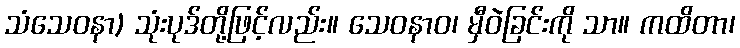
သံသေဝနာ) သုံးပုဒ်တို့ဖြင့်လည်း။ သေဝနာဝ၊ မှီဝဲခြင်းကို သာ။ ကထိတာ၊